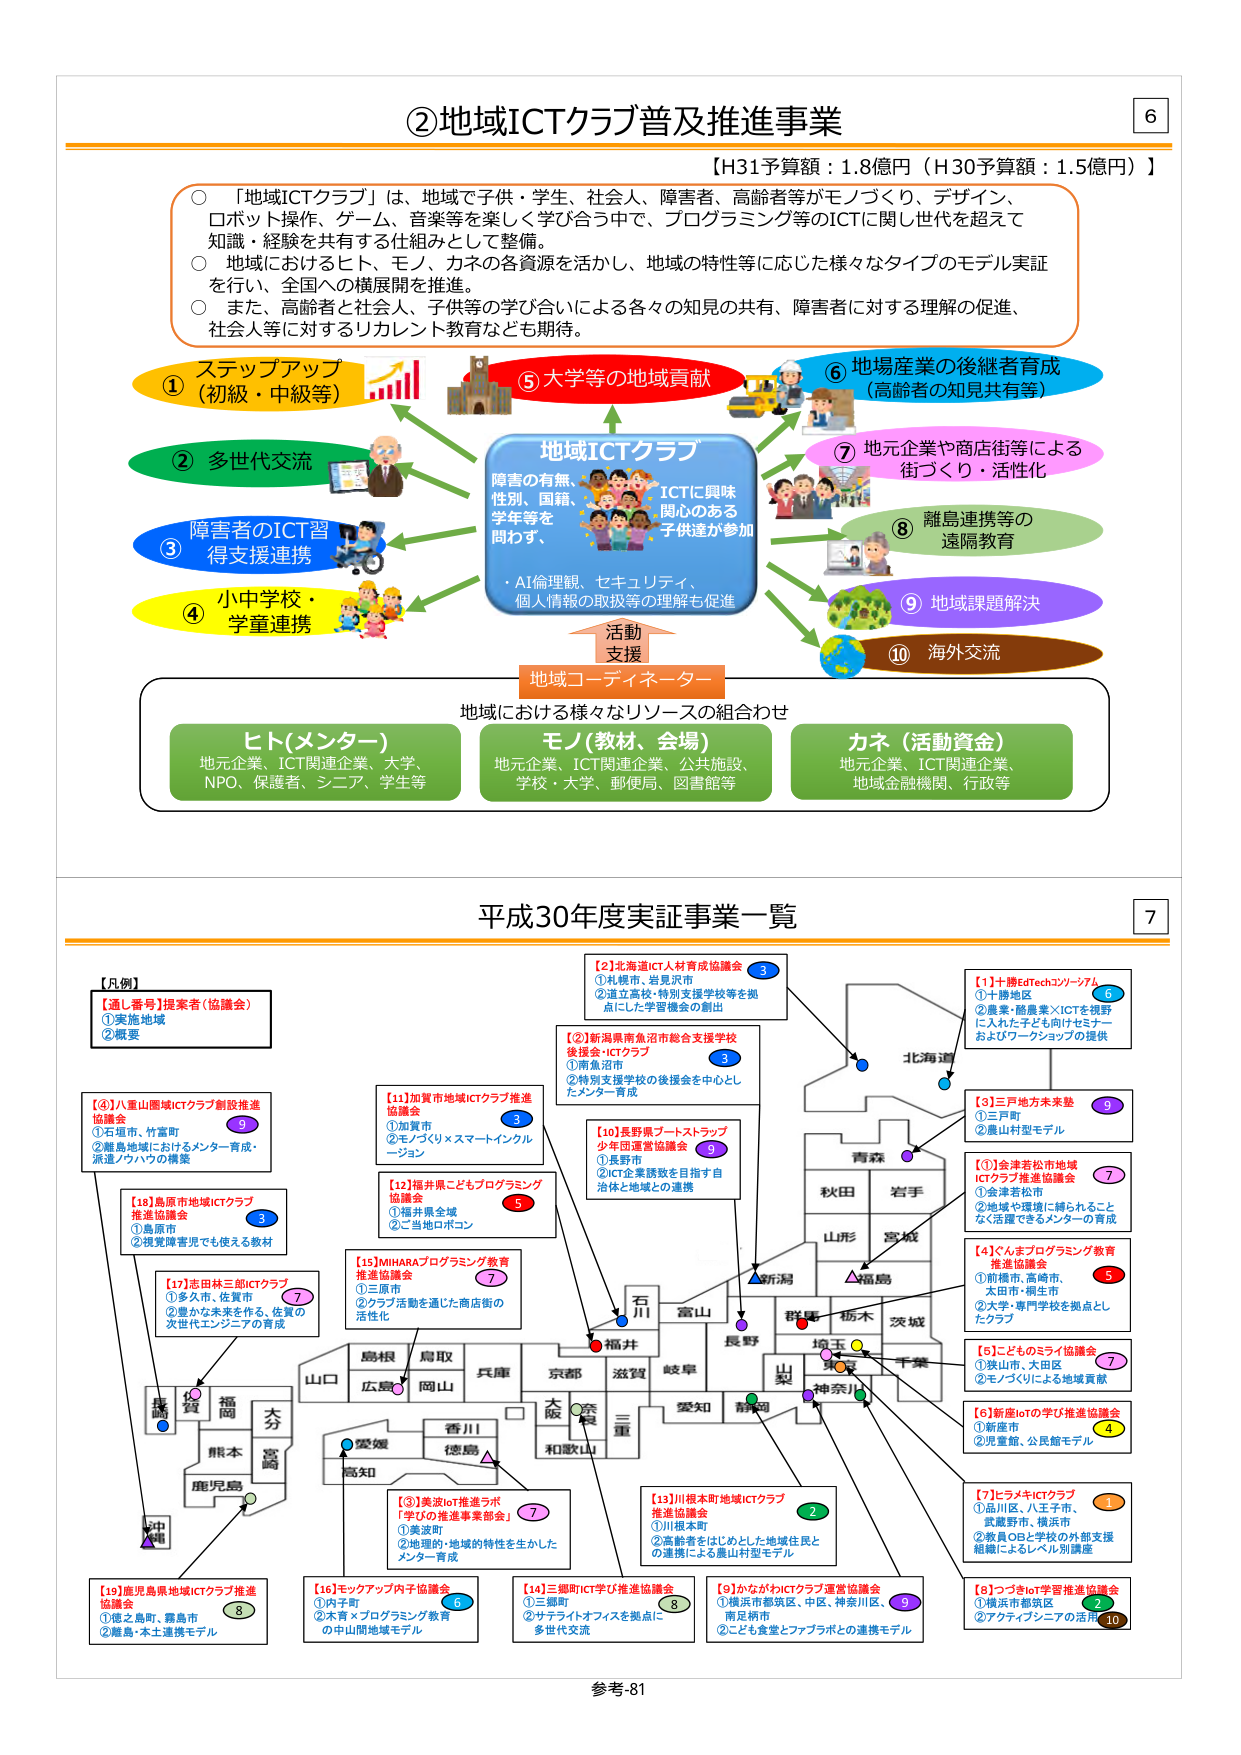
②地域ICTクラブ普及推進事業
【H31予算額：1.8億円（H30予算額：1.5億円）】
○「地域ICTクラブ」は、地域で子供・学生、社会人、障害者、高齢者等がモノづくり、デザイン、ロボット操作、ゲーム、音楽等を楽しく学び合う中で、プログラミング等のICTに関し世代を超えて知識・経験を共有する仕組みとして整備。
○地域におけるヒト、モノ、カネの各資源を活かし、地域の特性等に応じた様々なタイプのモデル実証を行い、全国への横展開を推進。
○また、高齢者と社会人、子供等の学び合いによる各々の知見の共有、障害者に対する理解の促進、社会人等に対するリカレント教育なども期待。

①ステップアップ（初級・中級等）
②多世代交流
③障害者のICT習得支援連携
④小中学校・学童連携
⑤大学等の地域貢献
⑥地場産業の後継者育成（高齢者の知見共有等）
⑦地元企業や商店街等による街づくり・活性化
⑧離島連携等の遠隔教育
⑨地域課題解決
⑩海外交流

地域ICTクラブ
障害の有無、性別、国籍、学年等を問わず、ICTに興味・関心のある子供達が参加
・AI倫理観、セキュリティ、個人情報の取扱等の理解も促進

活動支援
地域コーディネーター

地域における様々なリソースの組合わせ
ヒト（メンター）
地元企業、ICT関連企業、大学、NPO、保護者、シニア、学生等
モノ（教材、会場）
地元企業、ICT関連企業、公共施設、学校・大学、郵便局、図書館等
カネ（活動資金）
地元企業、ICT関連企業、地域金融機関、行政等

平成30年度実証事業一覧

【凡例】
【適し番号】提案者（協議会）
①実施地域
②概要

【1】北海道ICT人材育成協議会
①札幌市、岩見沢市
②道立高校・特別支援学校等を拠点にした学習機会の創出

【2】新潟県南魚沼市総合支援学校後援会「ICTクラブ」
①南魚沼市
②特別支援学校の後援会を中心としたメンター育成

【3】加賀市地域ICTクラブ推進協議会
①加賀市
②モノづくり×スマートインクルージョン

【4】八重山圏域ICTクラブ創設推進協議会
①石垣市、竹富町
②離島地域におけるメンター育成・派遣ノウハウの構築

【5】福井県こどもプログラミング協議会
①福井県全域
②ご当地ロボコン

【6】十勝EdTechコンソーシアム
①十勝地区
②農業・酪農業×ICTを視野に入れた子ども向けセミナーおよびワークショップの提供

【7】三戸地方未来塾
①三戸町
②農山村型モデル

【8】川根本町地域ICTクラブ推進協議会
①川根本町
②高齢者をはじめとした地域住民との連携による農山村型モデル

【9】かながわICTクラブ運営協議会
①横浜市都筑区、中区、神奈川区、南足柄市
②こども食堂とファブラボとの連携モデル

【10】つづきIoT学習推進協議会
①横浜市都筑区
②アクティビシニアの活用

【11】MIHARAプログラミング教育推進協議会
①三原市
②クラブ活動を通じた商店街の活性化

【12】志田林三郎ICTクラブ
①多久市、佐賀市
②豊かな未来を作る、佐賀の次世代エンジニアの育成

【13】美波IoT推進ラボ「学びの推進事業部会」
①美波町
②地理的・地域的特性を生かしたメンター育成

【14】三郷町ICT学び推進協議会
①三郷町
②サテライトオフィスを拠点に多世代交流

【15】こどものミライ協議会
①狭山市、大田区
②モノづくりによる地域貢献

【16】モックアップ内子協議会
①内子町
②木育×プログラミング教育の中山間地域モデル

【17】ヒラメキICTクラブ
①品川区、八王子市、武蔵野市、横浜市
②教員OBと学校の外部支援組織によるレベル別講座

【18】島原市地域ICTクラブ推進協議会
①島原市
②視覚障害児でも使える教材

【19】鹿児島県地域ICTクラブ推進協議会
①徳之島町、霧島市
②離島・本土連携モデル

【6】新産IoTの学び推進協議会
①新産市
②児童館、公民館モデル

【7】金津若松市地域ICTクラブ推進協議会
①金津若松市
②地域や環境に縛られることなく活躍できるメンターの育成

【4】くまプログラミング教育推進協議会
①前橋市、高崎市、太田市・桐生市
②大学・専門学校を拠点としたクラブ

【1】長野県ブートストラップ少年団運営協議会
①長野市
②ICT企業誘致を目指す自治体と地域との連携

北海道
青森
秋田
岩手
山形
宮城
新潟
福島
群馬
栃木
茨城
石川
富山
福井
長野
山梨
神奈川
千葉
東京
埼玉
愛知
静岡
三重
大阪
奈良
和歌山
兵庫
岡山
広島
島根
鳥取
山口
徳島
香川
愛媛
高知
熊本
大分
宮崎
鹿児島
沖縄

参考-81